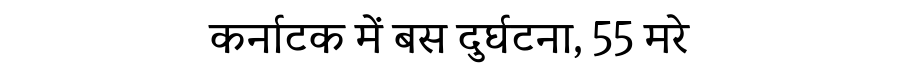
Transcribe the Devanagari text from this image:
कर्नाटक में बस दुर्घटना, 55 मरे